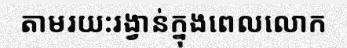
តាមរយ:រង្វាន់ក្នុងពេលលោក